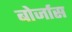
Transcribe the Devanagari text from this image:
बोर्जास